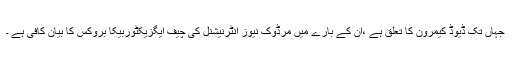
جہاں تک ڈیوڈ کیمرون کا تعلق ہے ،ان کے بارے میں مرڈوک نیوز انٹرنیشنل کی چیف ایگزیکٹوربیکا بروکس کا بیان کافی ہے ۔